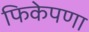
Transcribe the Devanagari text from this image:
फिकेपणा